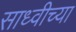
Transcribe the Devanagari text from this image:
साध्वीच्या